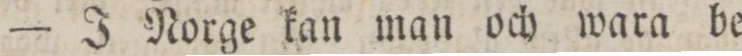
— J Norge kan man och wara be=